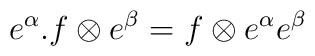
\hspace{.75in}      e^\alpha .f \otimes e^\beta                =f \otimes e^\alpha e^\beta